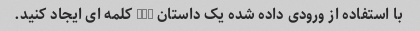
با استفاده از ورودی داده شده یک داستان 200 کلمه ای ایجاد کنید.